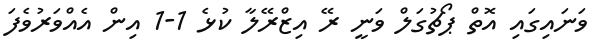
ވަނައިގައި އޮތް ޕޯޗުގަލް ވަނީ ރޭ އިޒްރޭލާ ކުޅެ 1-1 އިން އެއްވަރުވެފަ